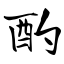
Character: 酌